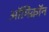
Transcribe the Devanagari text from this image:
ऑमिक्रॉन